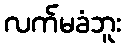
လက်မခံဘူး